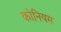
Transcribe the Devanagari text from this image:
कोनियम